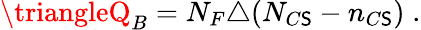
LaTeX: \triangleQ_{B}=N_{F}\triangle(N_{C\mathsf{S}}-n_{C\mathsf{S}})\; .